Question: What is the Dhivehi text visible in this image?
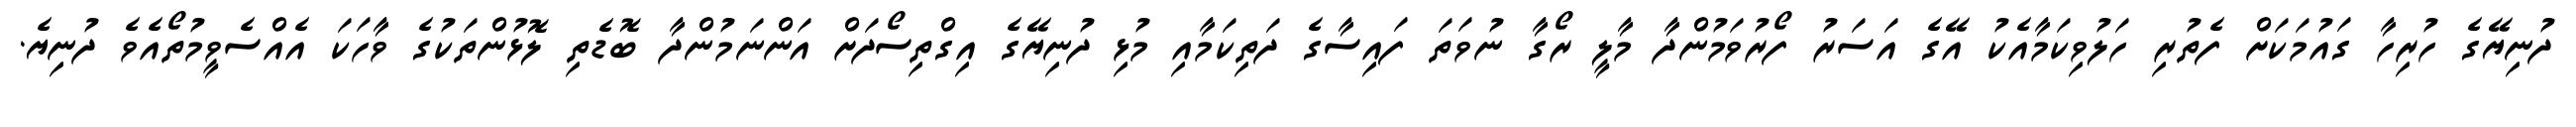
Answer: ދުނިޔޭގެ ހުރިހާ ގައުމަކަށް ފެތުރި ހަލުވިކަމާއެކު އޭގެ އަސަރު ފޯރުވަމުންދާ މާލީ ރޯގާ ނުވަތަ ފައިސާގެ ދަތިކަމާއި މުޅި ދުނިޔޭގެ އިގްތިސޯދަށް އަންނަމުންދާ ބޮޑެތި ލޮޅުންތަކުގެ ވާހަކަ އެއްސެވީމުތޯއެވެ ދުނިޔެ.